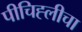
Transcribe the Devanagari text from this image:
पीचिह्लीचा